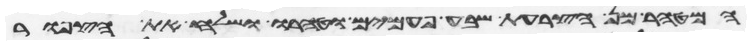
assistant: המטהר מן הצרעת שבע פעמים וטהרו ושלח את הצפור